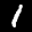
Label: 1